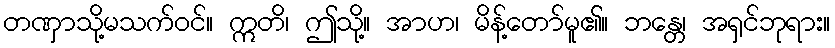
တဏှာသို့မသက်ဝင်။ ဣတိ၊ ဤသို့။ အာဟ၊ မိန့်တော်မူ၏။ ဘန္တေ၊ အရှင်ဘုရား။